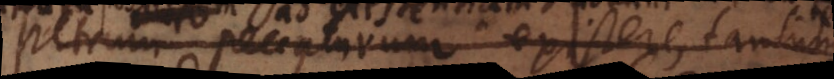
Petrum peccaturum existere, tantum